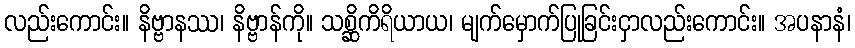
လည်းကောင်း။ နိဗ္ဗာနဿ၊ နိဗ္ဗာန်ကို။ သစ္ဆိကိရိယာယ၊ မျက်မှောက်ပြုခြင်းငှာလည်းကောင်း။ အပနာနံ၊